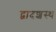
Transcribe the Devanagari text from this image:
द्वादशस्थ